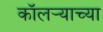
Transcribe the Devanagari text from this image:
कॉलऱ्याच्या